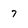
Character: 7